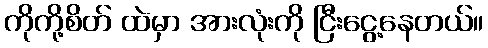
ကိုကို့စိတ် ထဲမှာ အားလုံးကို ငြီးငွေ့နေတယ်။